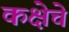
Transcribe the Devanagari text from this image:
कक्षेचे